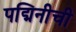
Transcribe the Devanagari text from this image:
पद्मिनीची